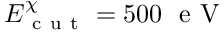
E _ { \mathrm { ~ c ~ u ~ t ~ } } ^ { \chi } = 5 0 0 \ \mathrm { ~ e ~ V ~ }